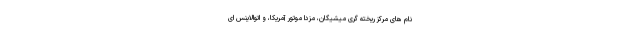
نام های مرکز ریخته گری میشیگان، مزدا موتور آمریکا، و اتوالاینس ای